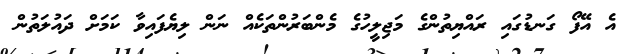
އެ އޭފޯ ގަނޑުގައި ރައްޔިތުންގެ މަޖިލީހުގެ މެންބަރުންތަކެއް ނަން ލިޔެފައިވާ ކަމަށް ދައުލަތުން